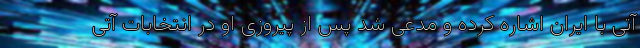
آتی با ایران اشاره کرده و مدعی شد پس از پیروزی او در انتخابات آتی